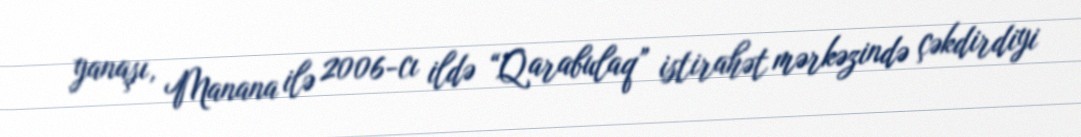
yanaşı, Manana ilə 2006-cı ildə “Qarabulaq” istirahət mərkəzində çəkdirdiyi